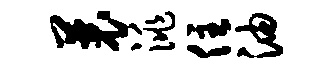
曩洮住油